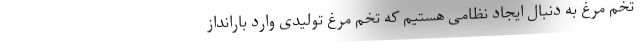
تخم مرغ به دنبال ایجاد نظامی هستیم که تخم مرغ تولیدی وارد بارانداز